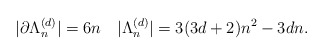
\begin{align*} |\partial \Lambda_n^{(d)}| = 6n \quad|\Lambda_n^{(d)}| = 3(3d+2)n^2-3dn.\end{align*}